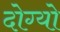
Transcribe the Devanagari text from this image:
दोग्यो